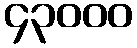
၄၃၀၀၀